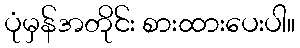
ပုံမှန်အတိုင်း စားထားပေးပါ။